Source: Computer-generated
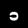
Digit: ၁ (1)